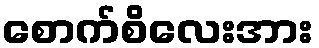
စောက်စိလေးအား